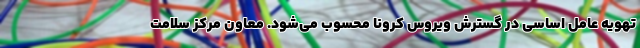
تهویه عامل اساسی در گسترش ویروس کرونا محسوب می‌شود. معاون مرکز سلامت